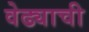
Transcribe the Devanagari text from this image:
वेढ्याची